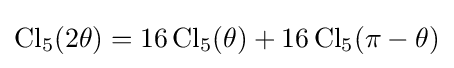
\operatorname {Cl} _{5}(2\theta )=16\operatorname {Cl} _{5}(\theta )+16\operatorname {Cl} _{5}(\pi -\theta )